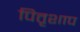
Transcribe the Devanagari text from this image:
पितृशाप